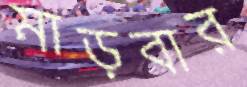
মাড়বার